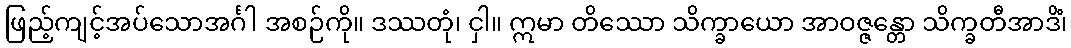
ဖြည့်ကျင့်အပ်သောအင်္ဂါ အစဉ်ကို။ ဒဿတုံ၊ ငှါ။ ဣမာ တိဿော သိက္ခာယော အာဝဇ္ဇန္တော သိက္ခတီအာဒိံ၊